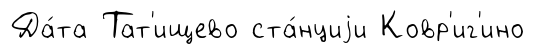
Да́та Тат'ищево ста́нциjи Ковр'иг'ино